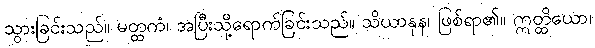
သွားခြင်းသည်။ မတ္ထကံ၊ အပြီးသို့ရောက်ခြင်းသည်။ သိယာနုန၊ ဖြစ်ရာ၏။ ဣတ္ထိယော၊